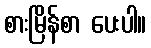
စားမြိန်စာ ပေးပါ။